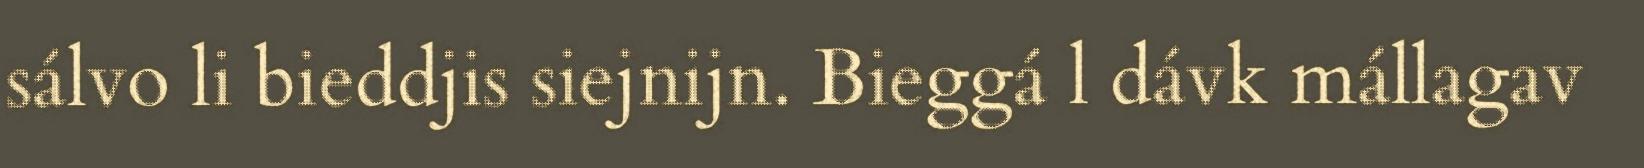
sálvo li bieddjis siejnijn. Bieggá l dávk mállagav